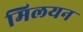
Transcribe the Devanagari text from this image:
मिलयन